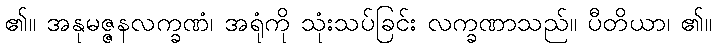
၏။ အနုမဇ္ဇနလက္ခဏံ၊ အရုံကို သုံးသပ်ခြင်း လက္ခဏာသည်။ ပီတိယာ၊ ၏။